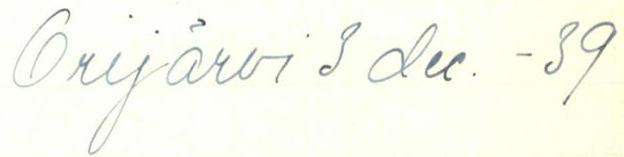
Orijärvi 3 dec. -39